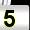
Digit: 5